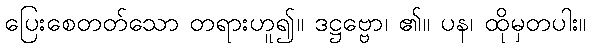
ပြေးစေတတ်သော တရားဟူ၍။ ဒဋ္ဌဗ္ဗော၊ ၏။ ပန၊ ထိုမှတပါး။